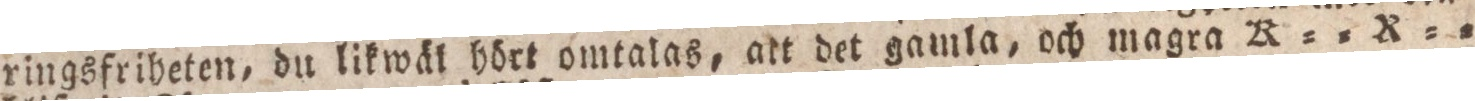
ringsfriheten, du likwäl hört omtalas, att det gamla, och magra K = = R = =